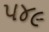
૫૪૯